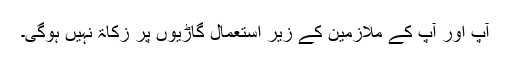
آپ اور آپ کے ملازمین کے زیرِ استعمال گاڑیوں پر زکاۃ نہیں ہوگی۔